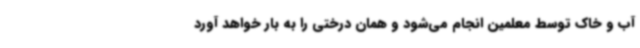
آب و خاک توسط معلمین انجام می‌شود و همان درختی را به بار خواهد آورد